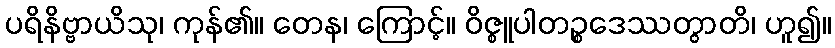
ပရိနိဗ္ဗာယိသု၊ ကုန်၏။ တေန၊ ကြောင့်။ ဝိဇ္စူပါတဉ္စဒေဿတွာတိ၊ ဟူ၍။